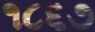
૧૮૬૭